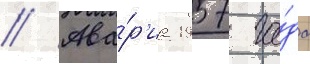
// Ава́р'иа 1957 го́да